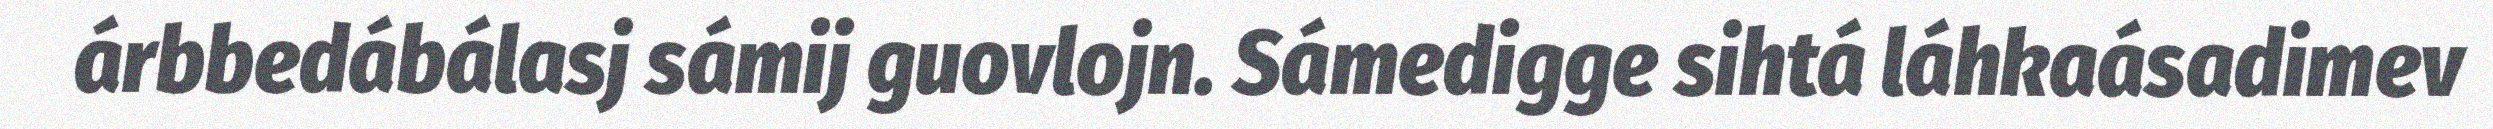
árbbedábálasj sámij guovlojn. Sámedigge sihtá láhkaásadimev